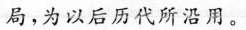
局，为以后历代所沿用。